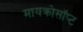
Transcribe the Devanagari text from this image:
मायक्रोसॉप्ट